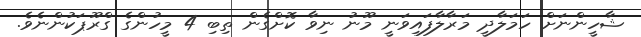
ޝާހީންނަށް ހަމަލާދީ މަރާލާފައިވަނީ މޫނު ނިވާ ކޮށްގެން ތިބި 4 މީހުންގެ ގްރޫޕަކުންނެވެ.